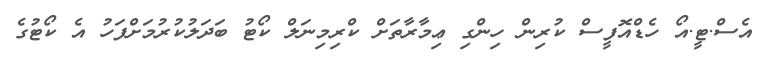
އެސް.ޓީ.އޯ ހެޑްއޮފީސް ކުރިން ހިންގި ޢިމާރާތަށް ކްރިމިނަލް ކޯޓު ބަދަލުކުރުމަށްފަހު އެ ކޯޓުގެ